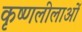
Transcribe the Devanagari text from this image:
कृष्णलीलाओं